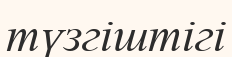
түзгіштігі